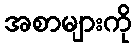
အစာများကို